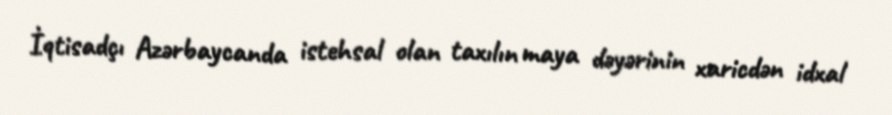
İqtisadçı Azərbaycanda istehsal olan taxılın maya dəyərinin xaricdən idxal